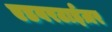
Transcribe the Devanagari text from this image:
एडवरटाईज़र